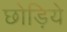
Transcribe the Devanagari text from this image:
छोड़िये